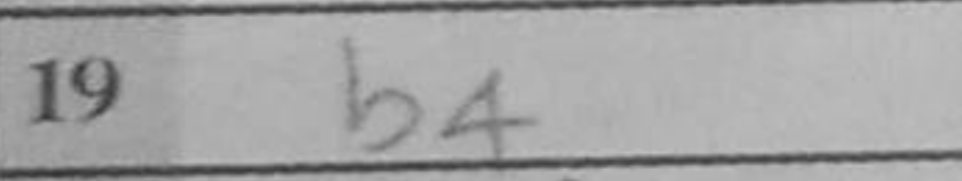
Transcription: b4